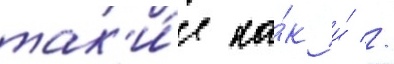
так'и́е ка́к и́ //